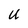
Character: U